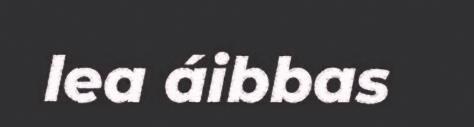
lea áibbas